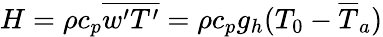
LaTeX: H=\rho c_{p}\overline{{w^{\prime}T^{\prime}}}=\rho c_{p}g_{h}({T}_{0}-\overline{{T}}_{a})